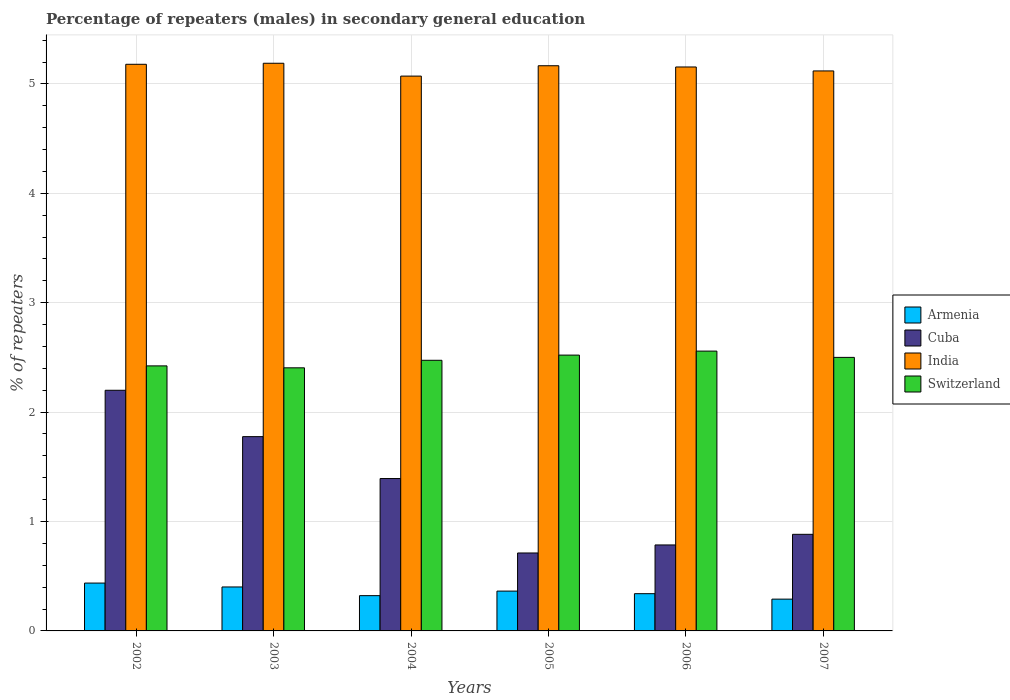
| Years | Armenia | Cuba | India | Switzerland |
 | --- | --- | --- | --- | --- |
 | 2002 | 0.437 | 2.2 | 5.18 | 2.42 |
 | 2003 | 0.402 | 1.78 | 5.19 | 2.4 |
 | 2004 | 0.322 | 1.39 | 5.07 | 2.47 |
 | 2005 | 0.364 | 0.712 | 5.17 | 2.52 |
 | 2006 | 0.34 | 0.786 | 5.15 | 2.56 |
 | 2007 | 0.291 | 0.883 | 5.12 | 2.5 |